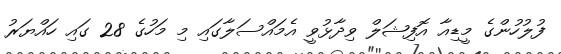
ފުލުހުންގެ މީޑިއާ އޮފިޝަލް ވިދާޅުވީ އެމައްސަލާގައި މި މަހުގެ 28 ގައި ހައްޔަރު